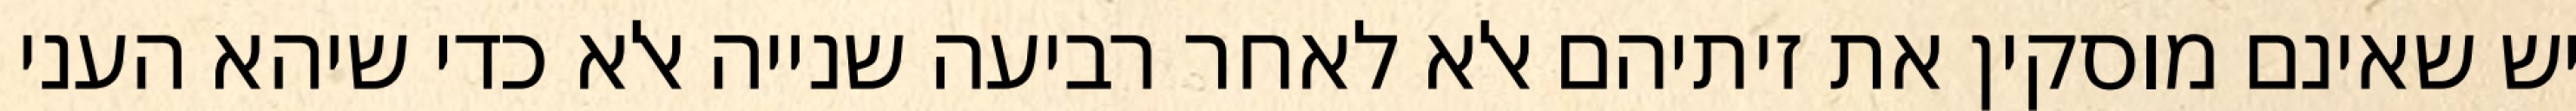
יש שאינם מוסקין את זיתיהם אלא לאחר רביעה שנייה אלא כדי שיהא העני